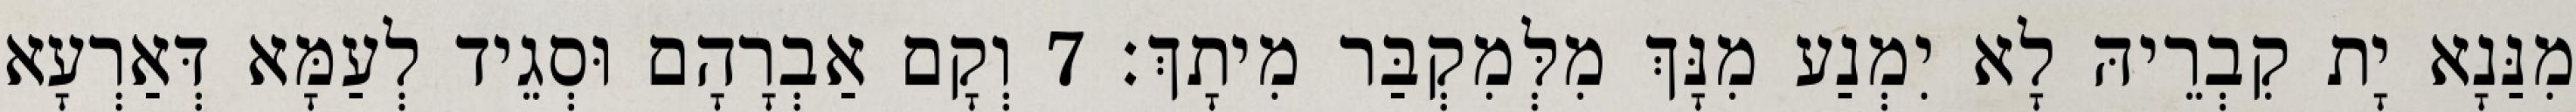
מִנַּנָא יָת קִבְרֵיהּ לָא יִמְנַע מִנָּךְ מִלְּמִקְבַּר מִיתָךְ׃ 7 וְקָם אַבְרָהָם וּסְגֵיד לְעַמָּא דְּאַרְעָא